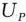
图7-63